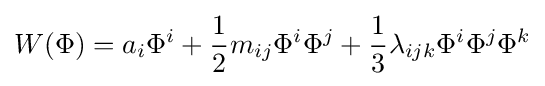
W(\Phi )=a_{i}\Phi ^{i}+{\frac {1}{2}}m_{ij}\Phi ^{i}\Phi ^{j}+{\frac {1}{3}}\lambda _{ijk}\Phi ^{i}\Phi ^{j}\Phi ^{k}